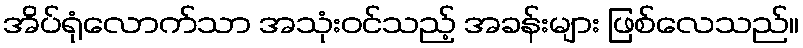
အိပ်ရုံလောက်သာ အသုံးဝင်သည့် အခန်းများ ဖြစ်လေသည်။